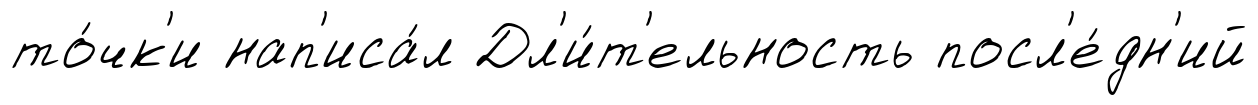
то́чк'и нап'иса́л Дл'и́т'ельность посл'е́дн'ий